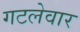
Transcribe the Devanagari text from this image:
गटलेवार